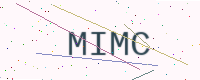
Text: MIMC